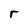
Character: r